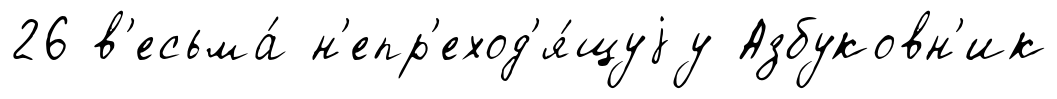
26 в'есьма́ н'епр'еход'я́щуjу Азбуковн'ик